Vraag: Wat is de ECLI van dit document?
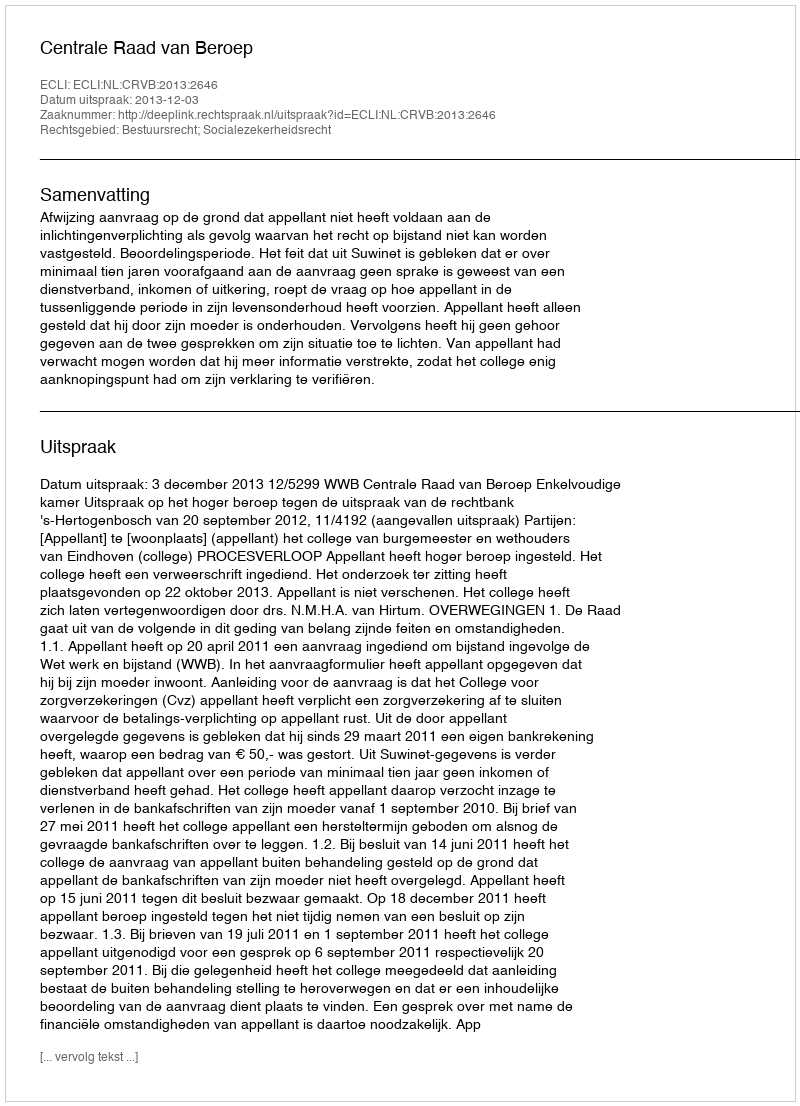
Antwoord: ECLI:NL:CRVB:2013:2646